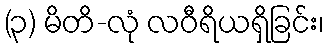
(၃) မိတိ-လုံ လဝီရိယရှိခြင်း၊